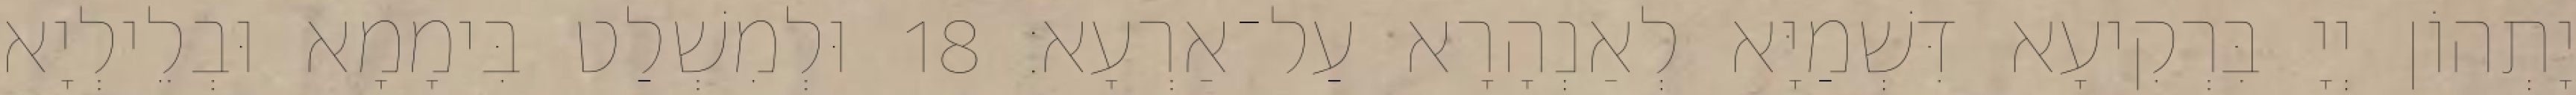
יָתְהוֹן יְיָ בִּרְקִיעָא דִּשְׁמַיָּא לְאַנְהָרָא עַל־אַרְעָא׃ 18 וּלְמִשְׁלַט בִּימָמָא וּבְלֵילְיָא